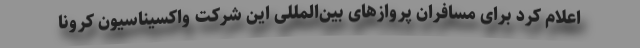
اعلام کرد برای مسافران پروازهای بین‌المللی این شرکت واکسیناسیون کرونا